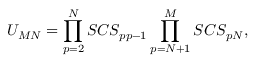
U _ { M N } = \prod _ { p = 2 } ^ { N } S C S _ { p p - 1 } \prod _ { p = N + 1 } ^ { M } S C S _ { p N } ,